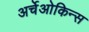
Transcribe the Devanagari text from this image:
अर्चेओकिन्स